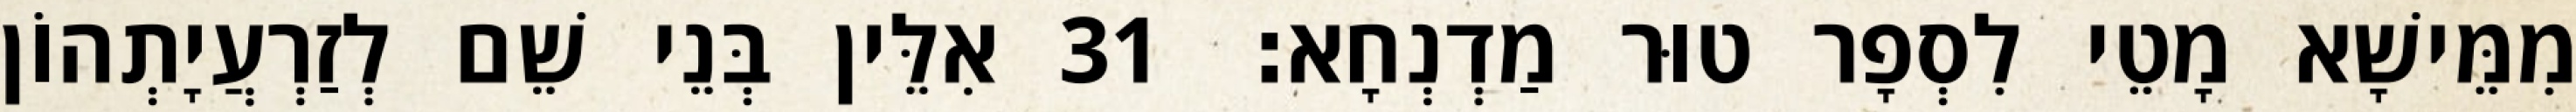
מִמֵּישָׁא מָטֵי לִסְפָר טוּר מַדְנְחָא׃ 31 אִלֵּין בְּנֵי שֵׁם לְזַרְעֲיָתְהוֹן